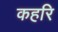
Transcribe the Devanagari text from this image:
कहरि